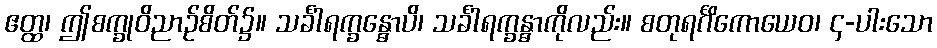
ဧတ္ထ၊ ဤစက္ခုဝိညာဉ်စိတ်၌။ သင်္ခါရက္ခန္ဓောပိ၊ သင်္ခါရက္ခန္ဓာကိုလည်း။ စတုရင်္ဂိကောယေဝ၊ ၄-ပါးသော